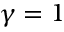
\gamma = 1